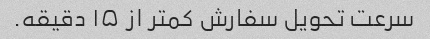
سرعت تحویل سفارش کمتر از ۱۵ دقیقه.